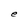
Character: e